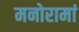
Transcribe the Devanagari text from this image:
मनोरामां